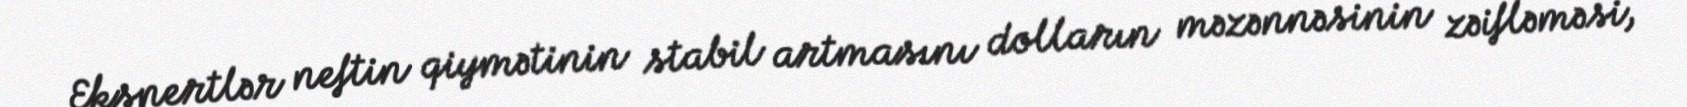
Ekspertlər neftin qiymətinin stabil artmasını dolların məzənnəsinin zəifləməsi,